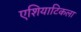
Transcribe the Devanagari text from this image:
एशियाटिकला